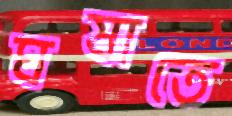
ঘষাতে